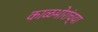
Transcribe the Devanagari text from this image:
काळभोरांच्या